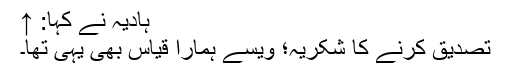
ہادیہ نے کہا: ↑
تصدیق کرنے کا شکریہ؛ ویسے ہمارا قیاس بھی یہی تھا۔